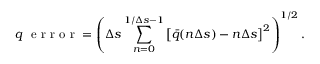
q \ \textrm { e r r o r } = \left( \Delta s \sum _ { n = 0 } ^ { 1 / \Delta s - 1 } \big [ \bar { q } ( n \Delta s ) - n \Delta s \big ] ^ { 2 } \right) ^ { 1 / 2 } .